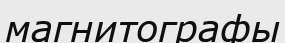
магнитографы